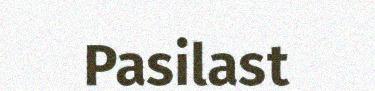
Pasilast